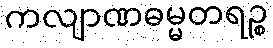
ကလျာဏဓမ္မတရဉ္စ